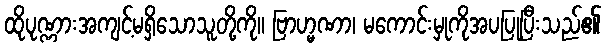
ထိုပုဏ္ဏားအကျင့်မရှိသောသူတို့ကို။ ဗြာဟ္မဏာ၊ မကောင်းမှုကိုအပပြုပြီးသည်၏